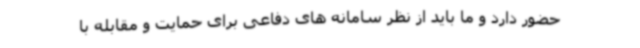
حضور دارد و ما باید از نظر سامانه های دفاعی برای حمایت و مقابله با